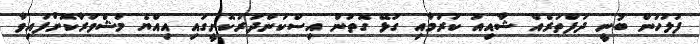
ފުލުހުން ބުނީ ދަފްތަރެއް ޝާއިއު ކުރުމާއި ގުޅޭ ގޮތުން އިސްކަންދަރުކޮށީގައި އިއްޔެ މަޝްވަރާކޮށްފައިވާ